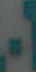
-